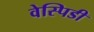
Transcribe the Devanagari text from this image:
वेस्पिडी